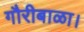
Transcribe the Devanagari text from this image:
गौरीबाळा।